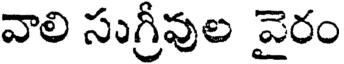
వాలి సుగ్రీవుల వైరం